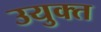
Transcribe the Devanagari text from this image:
उयुक्त